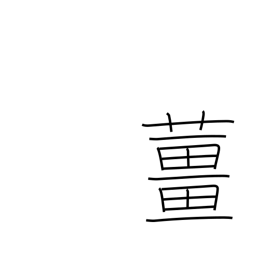
Meaning: ginger